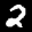
Label: 2